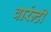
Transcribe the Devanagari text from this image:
वार्रन्टी